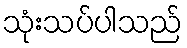
သုံးသပ်ပါသည်